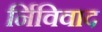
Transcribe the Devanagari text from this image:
र्निविवाद